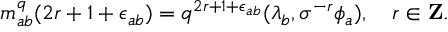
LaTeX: m _ { a b } ^ { q } ( 2 r + 1 + \epsilon _ { a b } ) = q ^ { 2 r + 1 + \epsilon _ { a b } } ( \lambda _ { b } , \sigma ^ { - r } \phi _ { a } ) , \ \ \ r \in { \bf Z } .